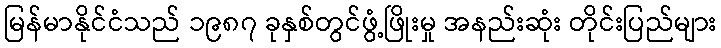
မြန်မာနိုင်ငံသည် ၁၉၈၇ ခုနှစ်တွင်ဖွံ့ဖြိုးမှု အနည်းဆုံး တိုင်းပြည်များ